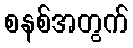
စနစ်အတွက်